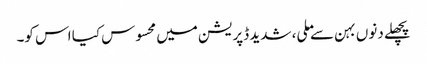
پچھلے دنوں بہن سے ملی، شدید ڈپریشن میں محسوس کیا اس کو۔